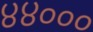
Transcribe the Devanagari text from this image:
४४०००